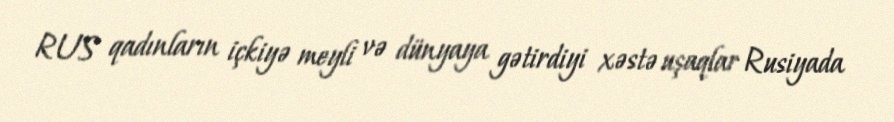
RUS qadınların içkiyə meyli və dünyaya gətirdiyi xəstə uşaqlar Rusiyada